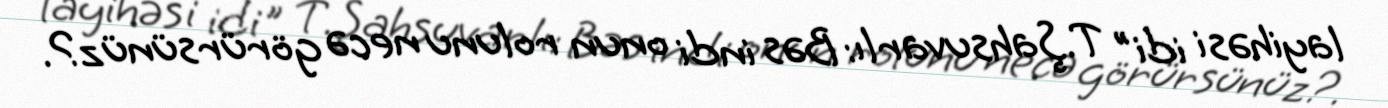
layihəsi idi" T.Şahsuvarlı: Bəs indi onun rolunu necə görürsünüz?.